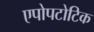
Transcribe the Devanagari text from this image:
एपोपटोटिक